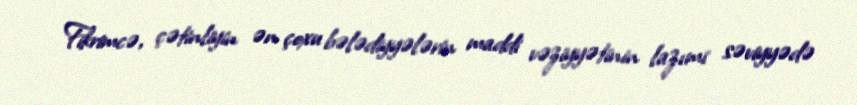
Fikrimcə, çətinliyin ən çoxu bələdiyyələrin maddi vəziyyətinin lazımi səviyyədə